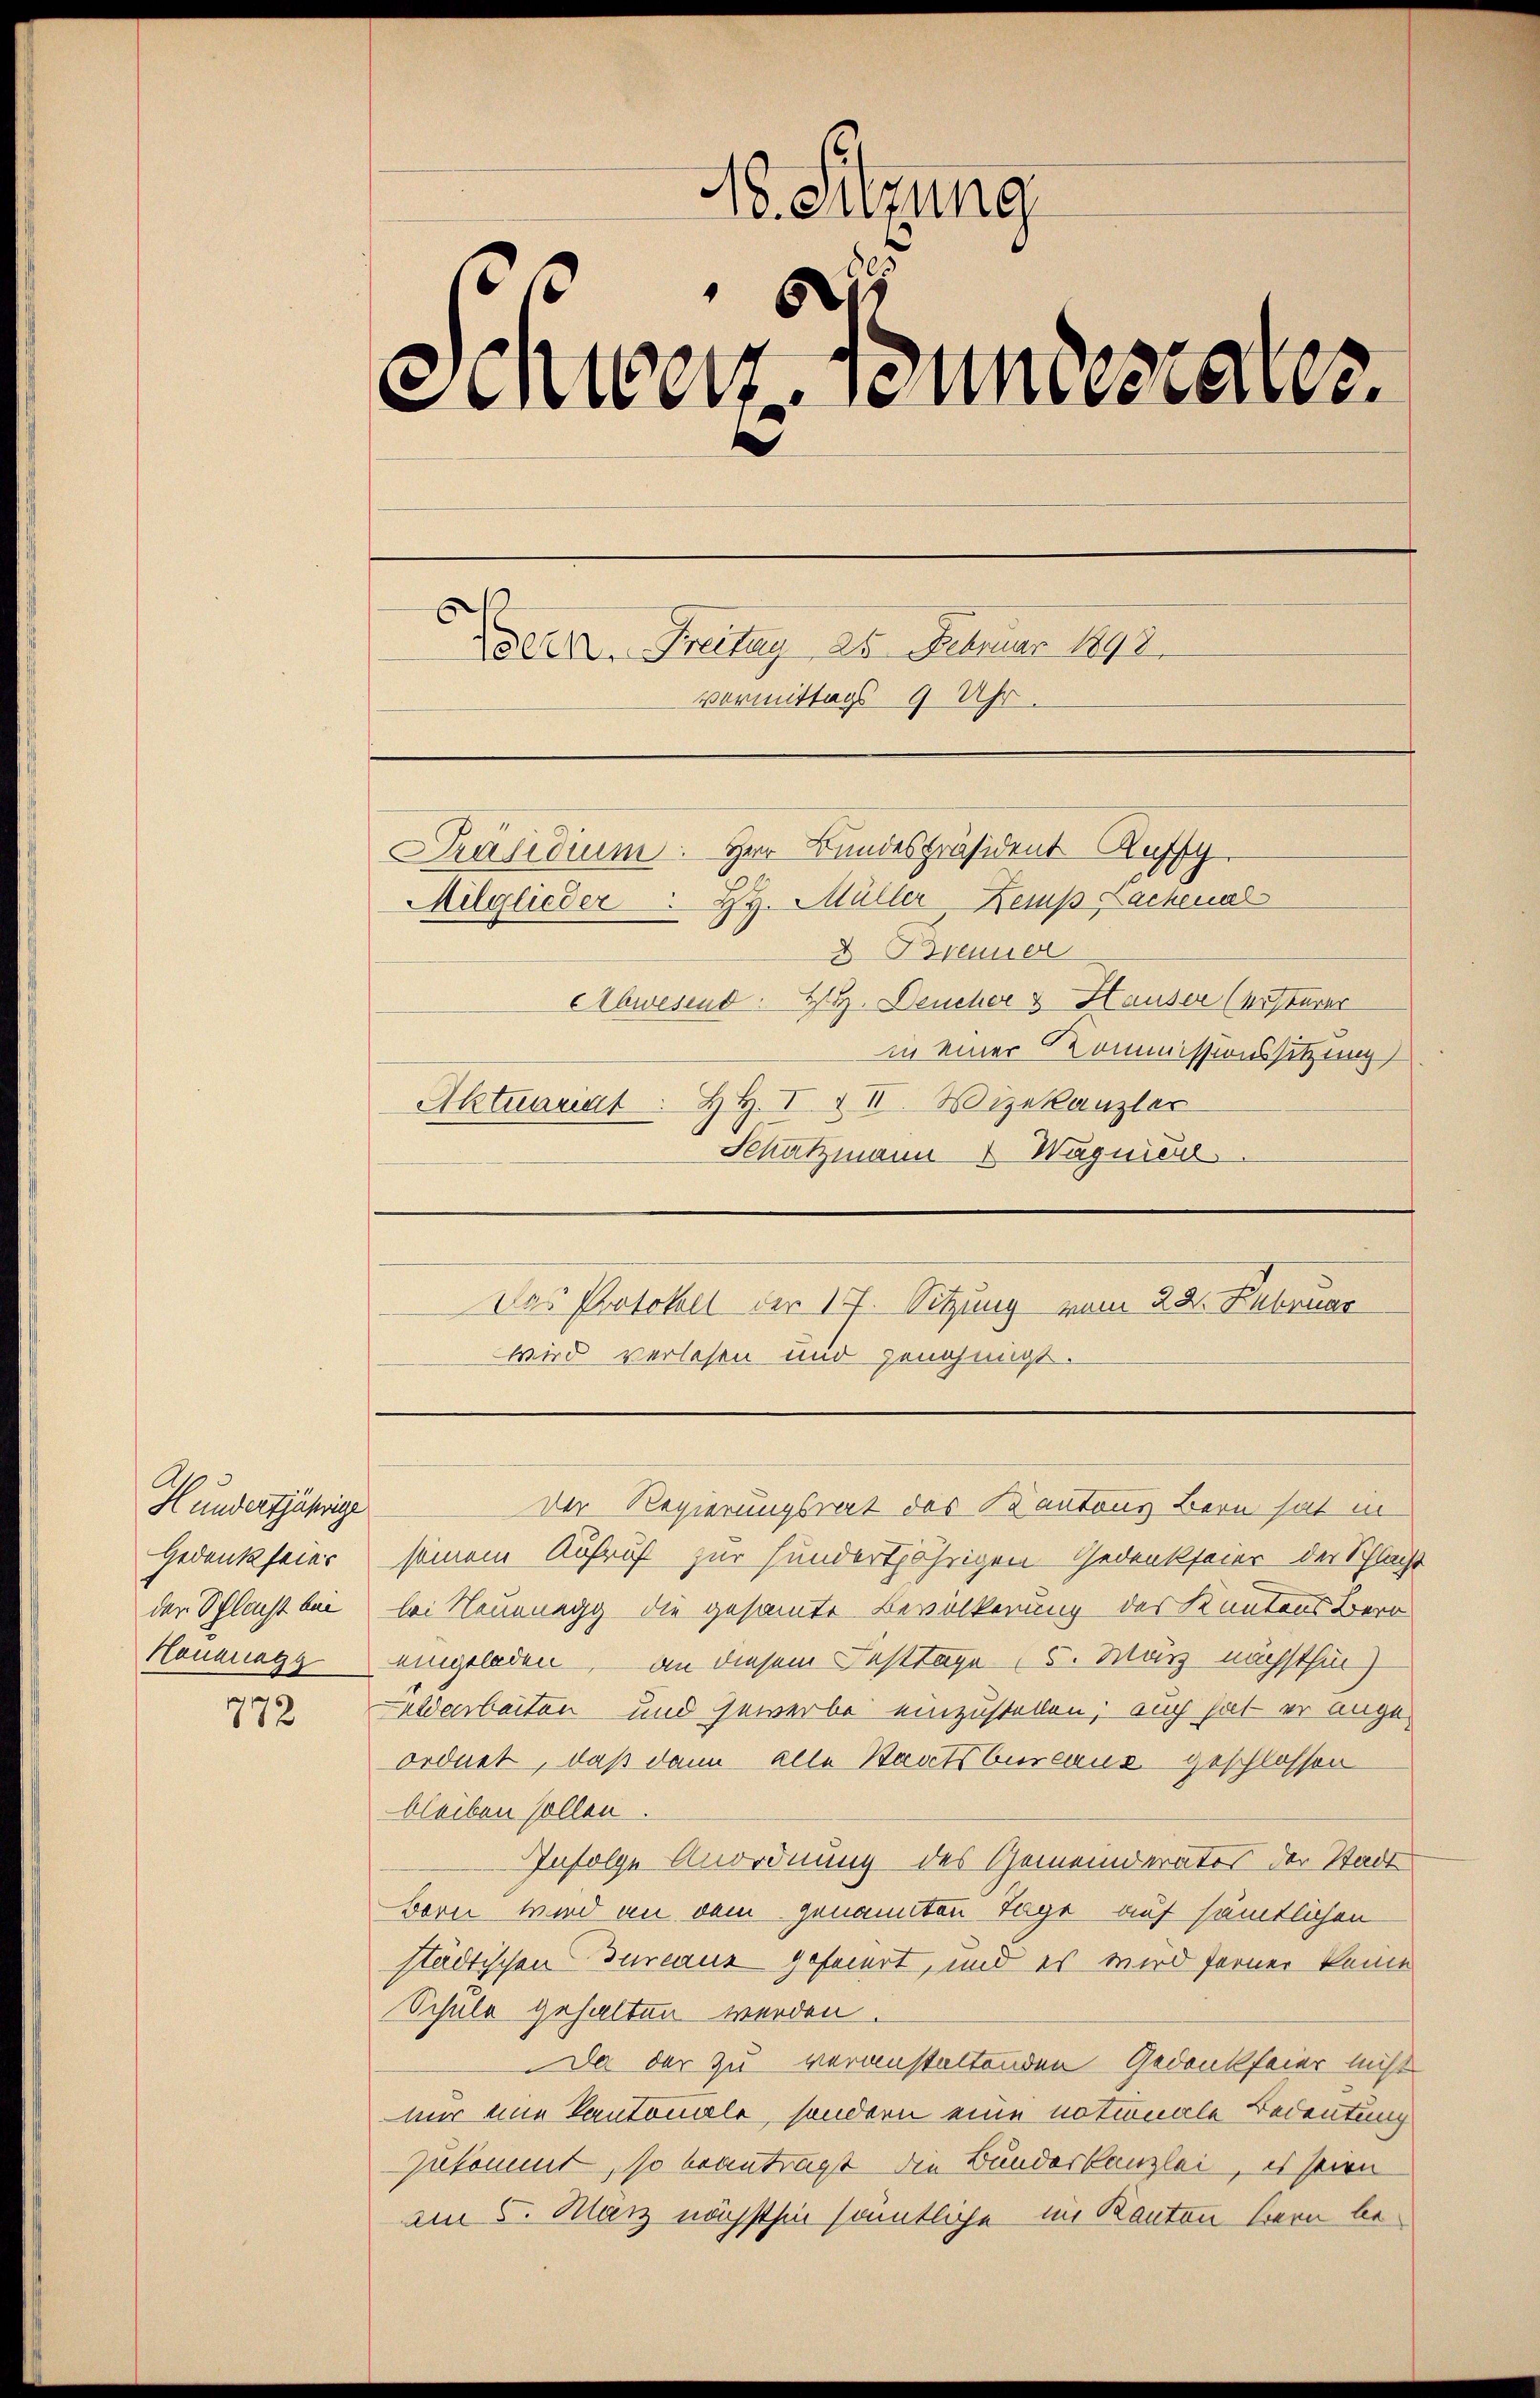
Hundertjährige
Gedank feier
der Schlacht bei
Hauznagg

772

18. Sitzung
6
Sinen Sennenaer
ern. Freitag 25. Februar 1893.
vormittags 9 Uhr.
Präsidium. Herr Bundespräsident Kuff
Milglieder H. Müller Kemp, Lachenal
D. Brenner
Abwesend: Hr. Deucher & Hauser (ersterer
in einer Kommissionssitzung
Aktuariat. H. H. I & II. Vizekanzler

Schatzmann & Wagnie
Das Protokoll der 17. Sitzung vom 28. Februar
wird verlesen und genehmigt.

seinem Aufruf zur hundertjährigen Gedenkseier der Schlacht
bei Neuenegg die gesammte Bevölkerung des Kantons Bero
eingeladen, an diesem Festtage 5. März nächsthür
eldarbeiten und Gewerbe einzustellen; auch hat er angeordnet, daß dann alle Staatsbureaus geschlossen
bleiben sollen.
Infolge Anordnung des Gemeinderates der Stadt
Bern wird an dem genannten Tage auf sämtlichen
städtischen Turanz gefeiert, und es wird ferner keine
Schule gehalten werden.
Da der zu veranstaltenden Gedankfeier nicht
nur eine Kantonale, sondern eine notionale Bedeutung
zukommt, so beantragt die Bundeskanzlei, es seien
am 5. Mai nächsthin sonntliche im Kanton Bern be¬

Der Regierungsrat des Kantons Bern hat in